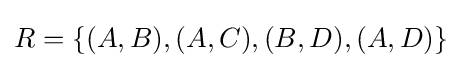
R=\{(A,B),(A,C),(B,D),(A,D)\}